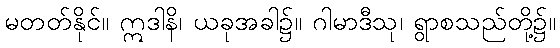
မတတ်နိုင်။ ဣဒါနိ၊ ယခုအခါ၌။ ဂါမာဒီသု၊ ရွာစသည်တို့၌။